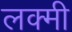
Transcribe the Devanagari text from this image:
लक्मी